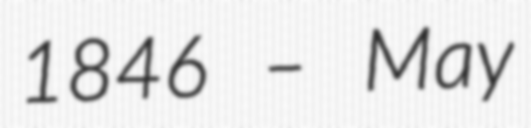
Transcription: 1846 – May